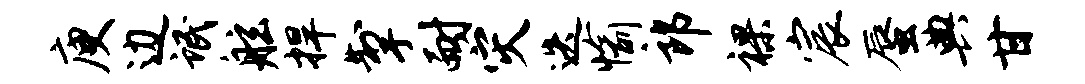
庾边氓舷捍掣耐灾迭愉郎裸宸蜃典甘